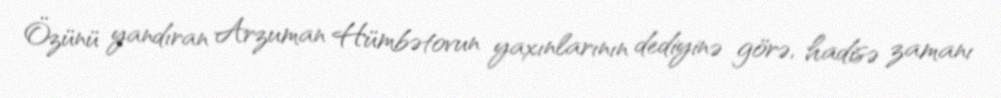
Özünü yandıran Arzuman Hümbətovun yaxınlarının dediyinə görə, hadisə zamanı